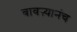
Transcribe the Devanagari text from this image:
बावऱ्यानंच